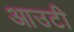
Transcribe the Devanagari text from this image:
आउटी